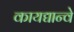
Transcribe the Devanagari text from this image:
कायद्यान्वे